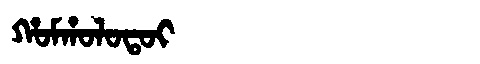
Manchu: ᡥᠣᠮᡥᠣᠯᠣᡨᠣᡳ
Romanization: HOMHOLOTOI